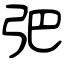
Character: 弝